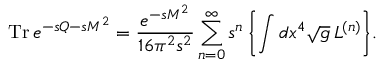
\mathrm { T r } \, e ^ { - s Q - s { \cal M } ^ { 2 } } = \frac { e ^ { - s { \cal M } ^ { 2 } } } { 1 6 \pi ^ { 2 } s ^ { 2 } } \sum _ { n = 0 } ^ { \infty } s ^ { n } \, \biggl \{ \int d x ^ { 4 } \sqrt { g } \: { \cal L } ^ { ( n ) } \biggr \} .